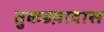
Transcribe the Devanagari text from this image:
तुकडय़ादास